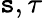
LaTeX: \mathtt{s},\tau